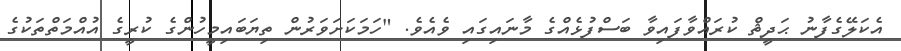
އެކަލޭގެފާނު ޙަދީޘް ކުރައްވާފައިވާ ބަސްފުޅެއްގެ މާނައިގައި ވެއެވެ. "ހަމަކަށަވަރުން ތިޔަބައިމީހުންގެ ކުރީގެ އުއްމަތްތަކުގެ